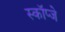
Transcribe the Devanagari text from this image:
स्कॉप्जे